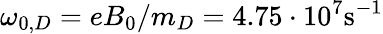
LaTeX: \omega_{0,D}=eB_{0}/m_{D}=4.75\cdot 10^{7}\mathrm{s}^{-1}